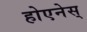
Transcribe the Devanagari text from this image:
होएनेस्